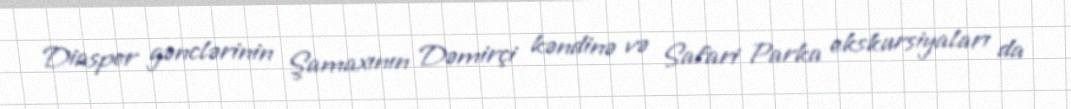
Diaspor gənclərinin Şamaxının Dəmirçi kəndinə və Safari Parka ekskursiyaları da